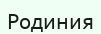
Родиния